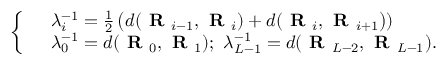
\left\{ \begin{array} { r l } & { \lambda _ { i } ^ { - 1 } = \frac { 1 } { 2 } \left( d ( \textbf { R } _ { i - 1 } , \textbf { R } _ { i } ) + d ( \textbf { R } _ { i } , \textbf { R } _ { i + 1 } \right) ) } \\ & { \lambda _ { 0 } ^ { - 1 } = d ( \textbf { R } _ { 0 } , \textbf { R } _ { 1 } ) ; ~ \lambda _ { L - 1 } ^ { - 1 } = d ( \textbf { R } _ { L - 2 } , \textbf { R } _ { L - 1 } ) . } \end{array} \right.